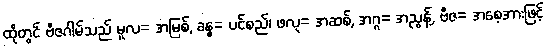
ထိုတွင် ဗီဇဂါမ်သည် မူလ= အမြစ်, ခန္ဓ= ပင်စည်၊ ဖလု= အဆစ်, အဂ္ဂ= အညွန့်, ဗီဇ= အစေ့အားဖြင့်